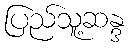
ပြည်သူ့ဆန္ဒ